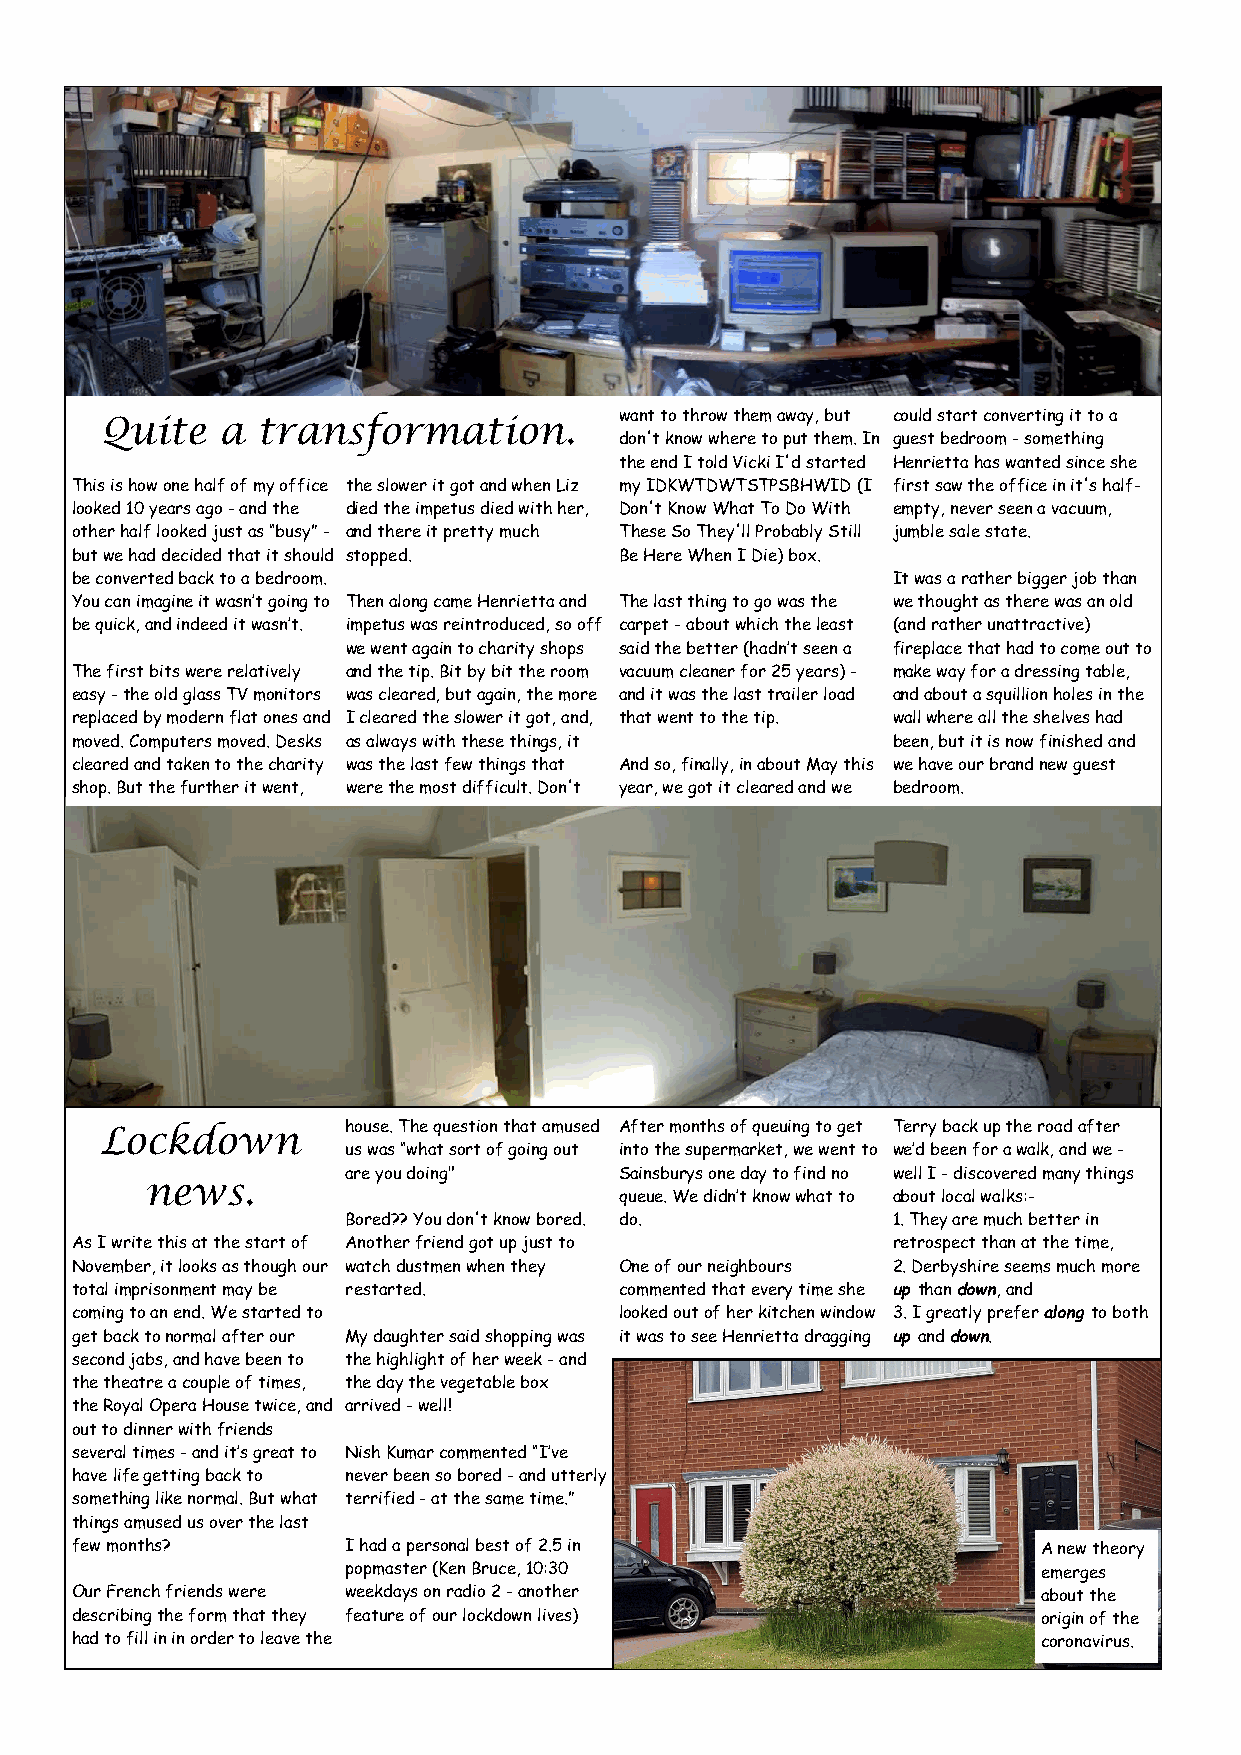
want to throw them away, but could start converting it to a
 Quite  a  transformation.
 don't know where to put them. In guest bedroom - something
 the end I told Vicki I'd started Henrietta has wanted since she
 This is how one half of my office the slower it got and when Liz my IDKWTDWTSTPSBHWID (I first saw the office in it's half-
 looked 10 years ago - and the died the impetus died with her, Don't Know What To Do With empty, never seen a vacuum,
 other half looked just as “busy” - and there it pretty much These So They'll Probably Still jumble sale state.
 but we had decided that it should stopped. Be Here When I Die) box.
 be converted back to a bedroom.                       It was a rather bigger job than
 You can imagine it wasn’t going to Then along came Henrietta and The last thing to go was the we thought as there was an old
 be quick, and indeed it wasn’t. impetus was reintroduced, so off carpet - about which the least (and rather unattractive)
 we went again to charity shops said the better (hadn’t seen a fireplace that had to come out to
 The first bits were relatively and the tip. Bit by bit the room vacuum cleaner for 25 years) - make way for a dressing table,
 easy - the old glass TV monitors was cleared, but again, the more and it was the last trailer load and about a squillion holes in the
 replaced by modern flat ones and I cleared the slower it got, and, that went to the tip. wall where all the shelves had
 moved. Computers moved. Desks as always with these things, it been, but it is now finished and
 cleared and taken to the charity was the last few things that And so, finally, in about May this we have our brand new guest
 shop. But the further it went, were the most difficult. Don't year, we got it cleared and we bedroom.
 house. The question that amused After months of queuing to get Terry back up the road after
 Lockdown
 us was “what sort of going out into the supermarket, we went to we’d been for a walk, and we -
 are you doing"    Sainsburys one day to find no well I - discovered many things
 news.
 queue. We didn’t know what to about local walks:-
 Bored?? You don't know bored. do.   1. They are much better in
 As I write this at the start of Another friend got up just to retrospect than at the time,
 November, it looks as though our watch dustmen when they One of our neighbours 2. Derbyshire seems much more
 total imprisonment may be restarted. commented that every time she up than down, and
 coming to an end. We started to     looked out of her kitchen window 3. I greatly prefer along to both
 get back to normal after our My daughter said shopping was it was to see Henrietta dragging up and down.
 second jabs, and have been to the highlight of her week - and
 the theatre a couple of times, the day the vegetable box
 the Royal Opera House twice, and arrived - well!
 out to dinner with friends
 several times - and it’s great to Nish Kumar commented “I’ve
 have life getting back to never been so bored - and utterly
 something like normal. But what terrified - at the same time.”
 things amused us over the last
 few months?       I had a personal best of 2.5 in               A new theory
 popmaster (Ken Bruce, 10:30                   emerges
 Our French friends were weekdays on radio 2 - another           about the
 describing the form that they feature of our lockdown lives)    origin of the
 had to fill in in order to leave the                            coronavirus.